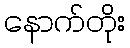
နောက်တိုး